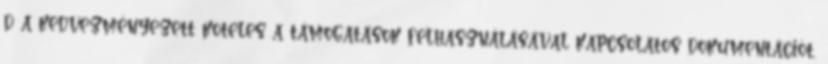
d a kedvezményezett köteles a támogatások felhasználásával kapcsolatos dokumentációt,